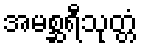
အမစ္ဆရီသုတ္တံ